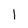
Character: 1